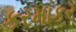
કરમાકર